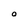
Character: O